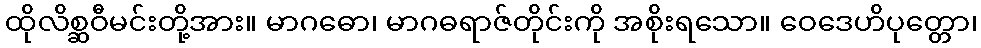
ထိုလိစ္ဆဝီမင်းတို့အား။ မာဂဓော၊ မာဂဓရာဇ်တိုင်းကို အစိုးရသော။ ဝေဒေဟိပုတ္တော၊